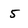
Character: 5